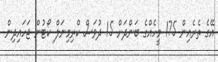
އޭގެ ތެރެއިން 175 މީހެއްގެ ބަންދަށް 15 ދުވަސް ކްރިމިނަލް ކޯޓުން ޖަހައިދިން